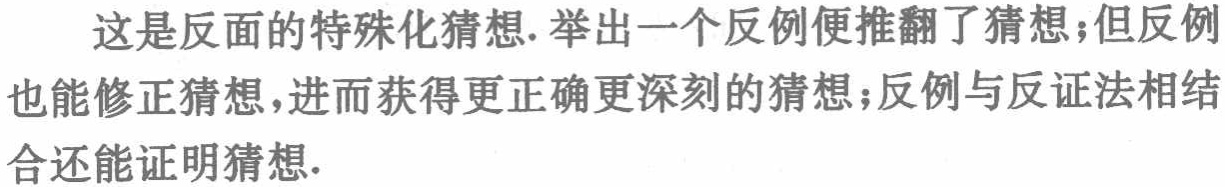
这是反面的特殊化猜想. 举出一个反例便推翻了猜想；但反例也能修正猜想，进而获得更正确更深刻的猜想；反例与反证法相结合还能证明猜想.